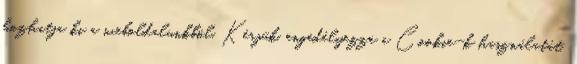
hozhatja ki a weboldalunkból. Kérjük, engedélyezze a Cookie-k használatát.